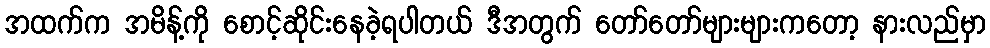
အထက်က အမိန့်ကို စောင့်ဆိုင်းနေခဲ့ရပါတယ် ဒီအတွက် တော်တော်များများကတော့ နားလည်မှာ